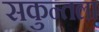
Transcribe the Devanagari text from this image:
सकुन्तला